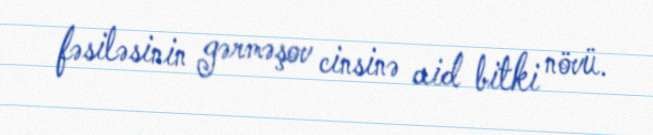
fəsiləsinin gərməşov cinsinə aid bitki növü.